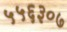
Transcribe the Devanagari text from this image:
५५६३०७